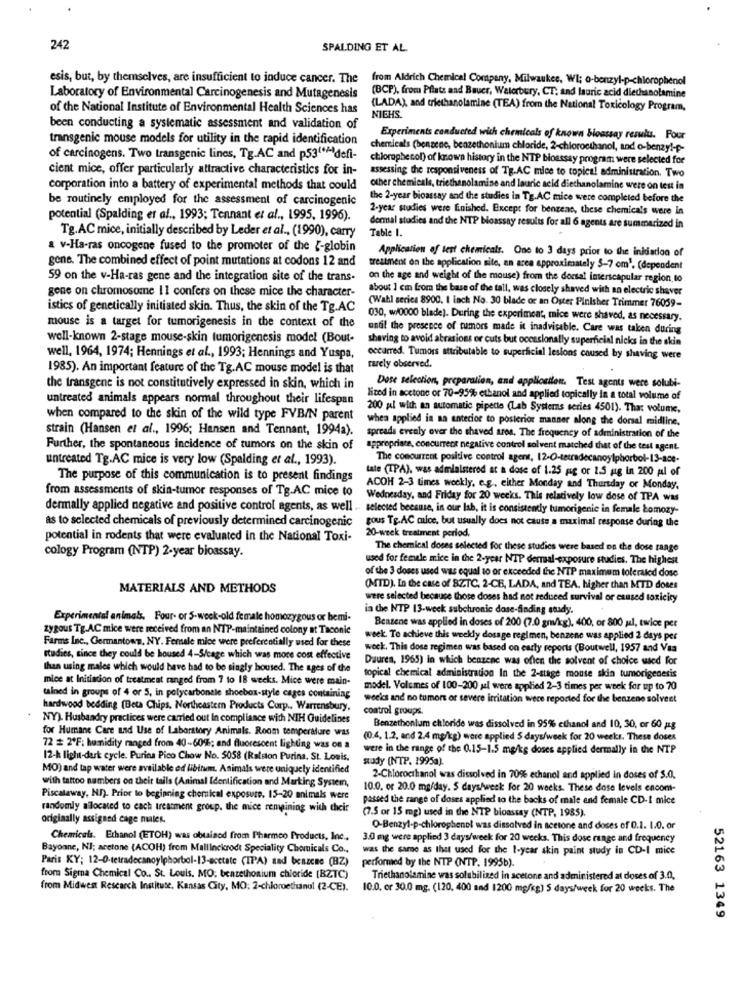
242
SPALDING ET AL.
esis, but, by themselves, are insufficient to induce cancer. The
from Aldrich Chemical Company, Milwaukee, WI; o-benzyl-p-chlorophenol
Laboratory of Environmental Carcinogenesis and Mutagenesis
(BCP), from Pflatz and Bauer, Waterbury, CT, and lauric acid diethanolamine
of the National Institute of Environmental Health Sciences has
(LADA), and triethanolamine (TEA) from the National Toxicology Program,
NIEHS.
been conducting a systematic assessment and validation of
transgenic mouse models for utility in the rapid identification
Experiments conducted wich chemicals of known bioassay results. Four
chemicals (benzene, benzethonium chloride, 2-chloroethanol, and o-benzyl-p-
of carcinogens. Two transgenic lines, Tg.AC and p53( ** defi-
chlorophecol) of known history in the NTP bioassay program were selected for
cient mice, offer particularly attractive characteristics for in-
assessing the responsiveness of Tg.AC mice to topical administration. Two
corporation into a battery of experimental methods that could
other chemicals, triethanolamine and lauric acid diethanolamine were on test in
be routinely employed for the assessment of carcinogenic
the 2-year bioassay and the studies in Tg.AC mice were completed before the
2-year studies were finished. Except for benzene, these chemicals were in
potential (Spalding et al ., 1993; Tennant et al ., 1995, 1996).
Tg.AC mice, initially described by Leder et al ., (1990), carry
Table I.
dermal studies and the NTP bioassay results for all 6 agents are summarized in
a v-Ha-ras oncogene fused to the promoter of the {-globin
Application of test chemicals. One to 3 days prior to the inidiadlon of
gene. The combined effect of point mutations at codons 12 and
treatment on the application site, an area approximately 5-7 om'. (dependent
59 on the v-Ha-ras gene and the integration site of the trans-
on the age and weight of the mouse) from the dorsal interscapular region to
gene on chromosome 11 confers on these mice the character-
about 1 cm from the base of the tall, was closely shaved with an electric shaver
(Wahl serica 8900. I inch No. 30 blade or an Oster Pinisher Trimmer 76059-
istics of genetically initiated skin. Thus, the skin of the Tg.AC
030, w/0000 blade). During the experiment, mice were shaved, as necessary.
mouse is a target for tumorigenesis in the context of the
until the presence of rumors made it inadvisable. Care was taken during
well-known 2-stage mouse-skin tumorigenesis model (Bout-
shaving to avoid abrasions or cuts but occasionally superficial nicks in the skin
well, 1964, 1974; Hennings et al ., 1993; Hennings and Yuspa,
occurred. Tumors attributable to superficial lesions caused by shaving were
1985). An important feature of the Tg.AC mouse model is that
rarely observed.
the transgene is not constitutively expressed in skin, which in
Dose selection, preparation, and application. Test agents were soluti-
untreated animals appears normal throughout their lifespan
lived in acetone or 70-95% ethanol and applied topically in a total volume of
200 al with an automatic pipette (Lab Systems series 4501). That volume,
when compared to the skin of the wild type FVB/N parent
when applied in na anterior to posterior manner along the dorsal midline.
strain (Hansen et al ., 1996; Hansen and Tennant, 1994a).
spreads evenly over the shaved ares. The frequency of administration of the
Further, the spontaneous incidence of tumors on the skin of
appropriate, concurrent negative control solvent matched that of the test agent.
untreated Tg.AC mice is very low (Spalding et al ., 1993).
The concurrent positive control agent, 12-O-tetradecanoylphorbol-13-ace-
tale (TPA), was admialstered at a dose of 1.25 mg or 1.5 mg in 200 al of
The purpose of this communication is to present findings
from assessments of skin-tumor responses of Tg.AC mice to
ACOH 2-3 times weekly, e.g ., either Monday and Thursday or Monday,
Wednesday, and Friday for 20 weeks. This relatively low dose of TPA was
dermally applied negative and positive control agents, as well .. selected because, in our lab, it is consistently tumorigenie in female Łomozy-
as to selected chemicals of previously determined carcinogenic
gous Tg.AC mucc, but usually does not cause a maximal response during the
20-week treatment period,
potential in rodents that were evaluated in the National Toxi-
cology Program (NTP) 2-year bioassay.
The chemical doses selected for these studies were based on the dose range
used for female mice in the 2-year NTP dermal-exposure studies. The highest
of the 3 doses used was equal to or exceeded the NTP maximum tolerated dose
MATERIALS AND METHODS
(MTD). In the case of BZTC, 2-CB, LADA, and TEA, higher than MTD doses
were selected because those doses had not reduced survival or esused toxicity
in the NTP 13-week subchronic dose-finding study.
Experimental animals. Four- or 5-week-old female homozygous or hemi-
Benzene was applied in doses of 200 (7.0 gm/kg), 400, or 800 ul, twice per
zygous Tg.AC mice were received from an NTP-maintained colony at Taconic
Farms Inc ., Germantown, NY. Female mice were preferentially used for these
week. To achieve this weekly dosage regimen, benzene was applied 2 days per
week. This dose regimen was based on early reports (Boutwell, 1957 and Vsa
studies, since they could be housed 4-S/cage which was more cost effective
Duuren, 1965) in which benzene was offen the solvent of choice used for
than using males which would have had to be singly housed. The ages of the
mice at Initiation of treatment ranged from 7 to 18 weeks. Mice were main-
topical chemical administration In the 2-stage mouse skin tumorigenesis
model. Volumes of 100-200 yıl were applied 2-3 times per week for up to 70
tained in groups of 4 or 5, in polycarbonele shoebox-style cages containing
weeks and no tumort or severe irritation were reported for the benzene solveet
hardwood bedding (Beta Chips. Northeastern Products Corp ., Warrensbury,
control groups.
NY). Husbandry practices were carried out In compliance with NIH Guidelines
for Humane Care and Use of Laboratory Animals. Room temperature was
Benzethonlum chloride was dissolved in 95% ethanol and 10, 30, or 60 gg
(0.4. 1.2, and 2.4 mg/kg) were applied 5 days/week for 20 weeks. These doses
72 # 2ºF: humidity ranged from 40-60%; and fluorescent lighting was on a
were in the range of the 0.15-1.5 mg/kg doses applied dermally in the NTP
12-k light-dark cycle. Purina Pico Chow No. 5058 (Ralston Purina, St. Louis.
study (NTP. 1995a).
MO) and tap water were available ed libitum. Animals were uniquely identified
with tattoo numbers on their tails (Animal Identification and Marking System,
2-Chloroethanol was dissolved in 70% ethanol and applied in doses of 5.0.
10.0. or 20.0 mg/day. 5 days/weck For 20 weeks. These dose levels encom-
Piscataway, NJ). Prior to beginning chemical exposure. 15-20 animals were
passed the range of doses applied to the backs of male and female CD-I mice
randomly nilocated to each treatment group. the mice remaining with their
(7.5 or 15 mg) used in the NTP bioassay (NTP, 1985)
originally assigned cage nales.
Q-Benzyl-p-chlorophenol was dissolved in acetone and doses of 0.1. 1.0. or
Chemicals. Ethanol (ETOH) was obtained from Pharmco Products, Inc ..
3.0 mg were applied 3 days/week for 20 weeks. This dose range and frequency
Bayonne, NJ; aretone (ACOH) from MallInckrodt Speciality Chemicals Co ., was the same as that used for the I-year skin paint study in CD-I mice
Paris KY; 12-0-tetradecanoyipborbol-13-acetate (IPA) and benzene (BZ)
performed by the NTP (NTP. 1995b).
from Sigma Chemical Co .. St. Louis, MO: benzethoaium chloride (BZTC)
Triethanolamine was solubilized in acetone and administered at doses of 3.0,
from Midwest Research Institute, Kansas City, MO: 2-chloroethanol (2-CE).
10.0. or 30.0 mg. (120, 400 and 1200 mg/kg) 5 days/week for 20 weeks. The
52163 1349